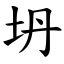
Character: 坍